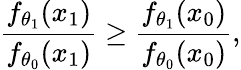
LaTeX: {\frac{f_{\theta_{1}}(x_{1})}{f_{\theta_{0}}(x_{1})}}\geq{\frac{f_{\theta_{1}}(x_{0})}{f_{\theta_{0}}(x_{0})}},